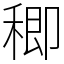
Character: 𥠈